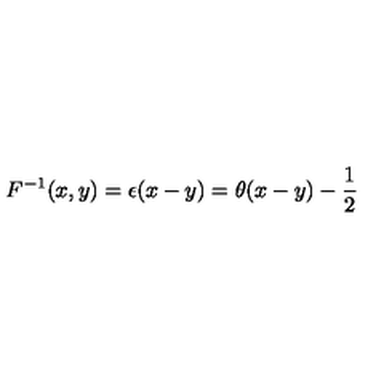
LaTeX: F ^ { - 1 } ( x , y ) = \epsilon ( x - y ) = \theta ( x - y ) - { \frac { 1 } { 2 } }